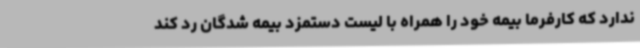
ندارد که کارفرما بیمه خود را همراه با لیست دستمزد بیمه شدگان رد کند